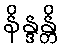
နိန္ဒန္တိ